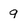
Character: 9